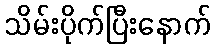
သိမ်းပိုက်ပြီးနောက်